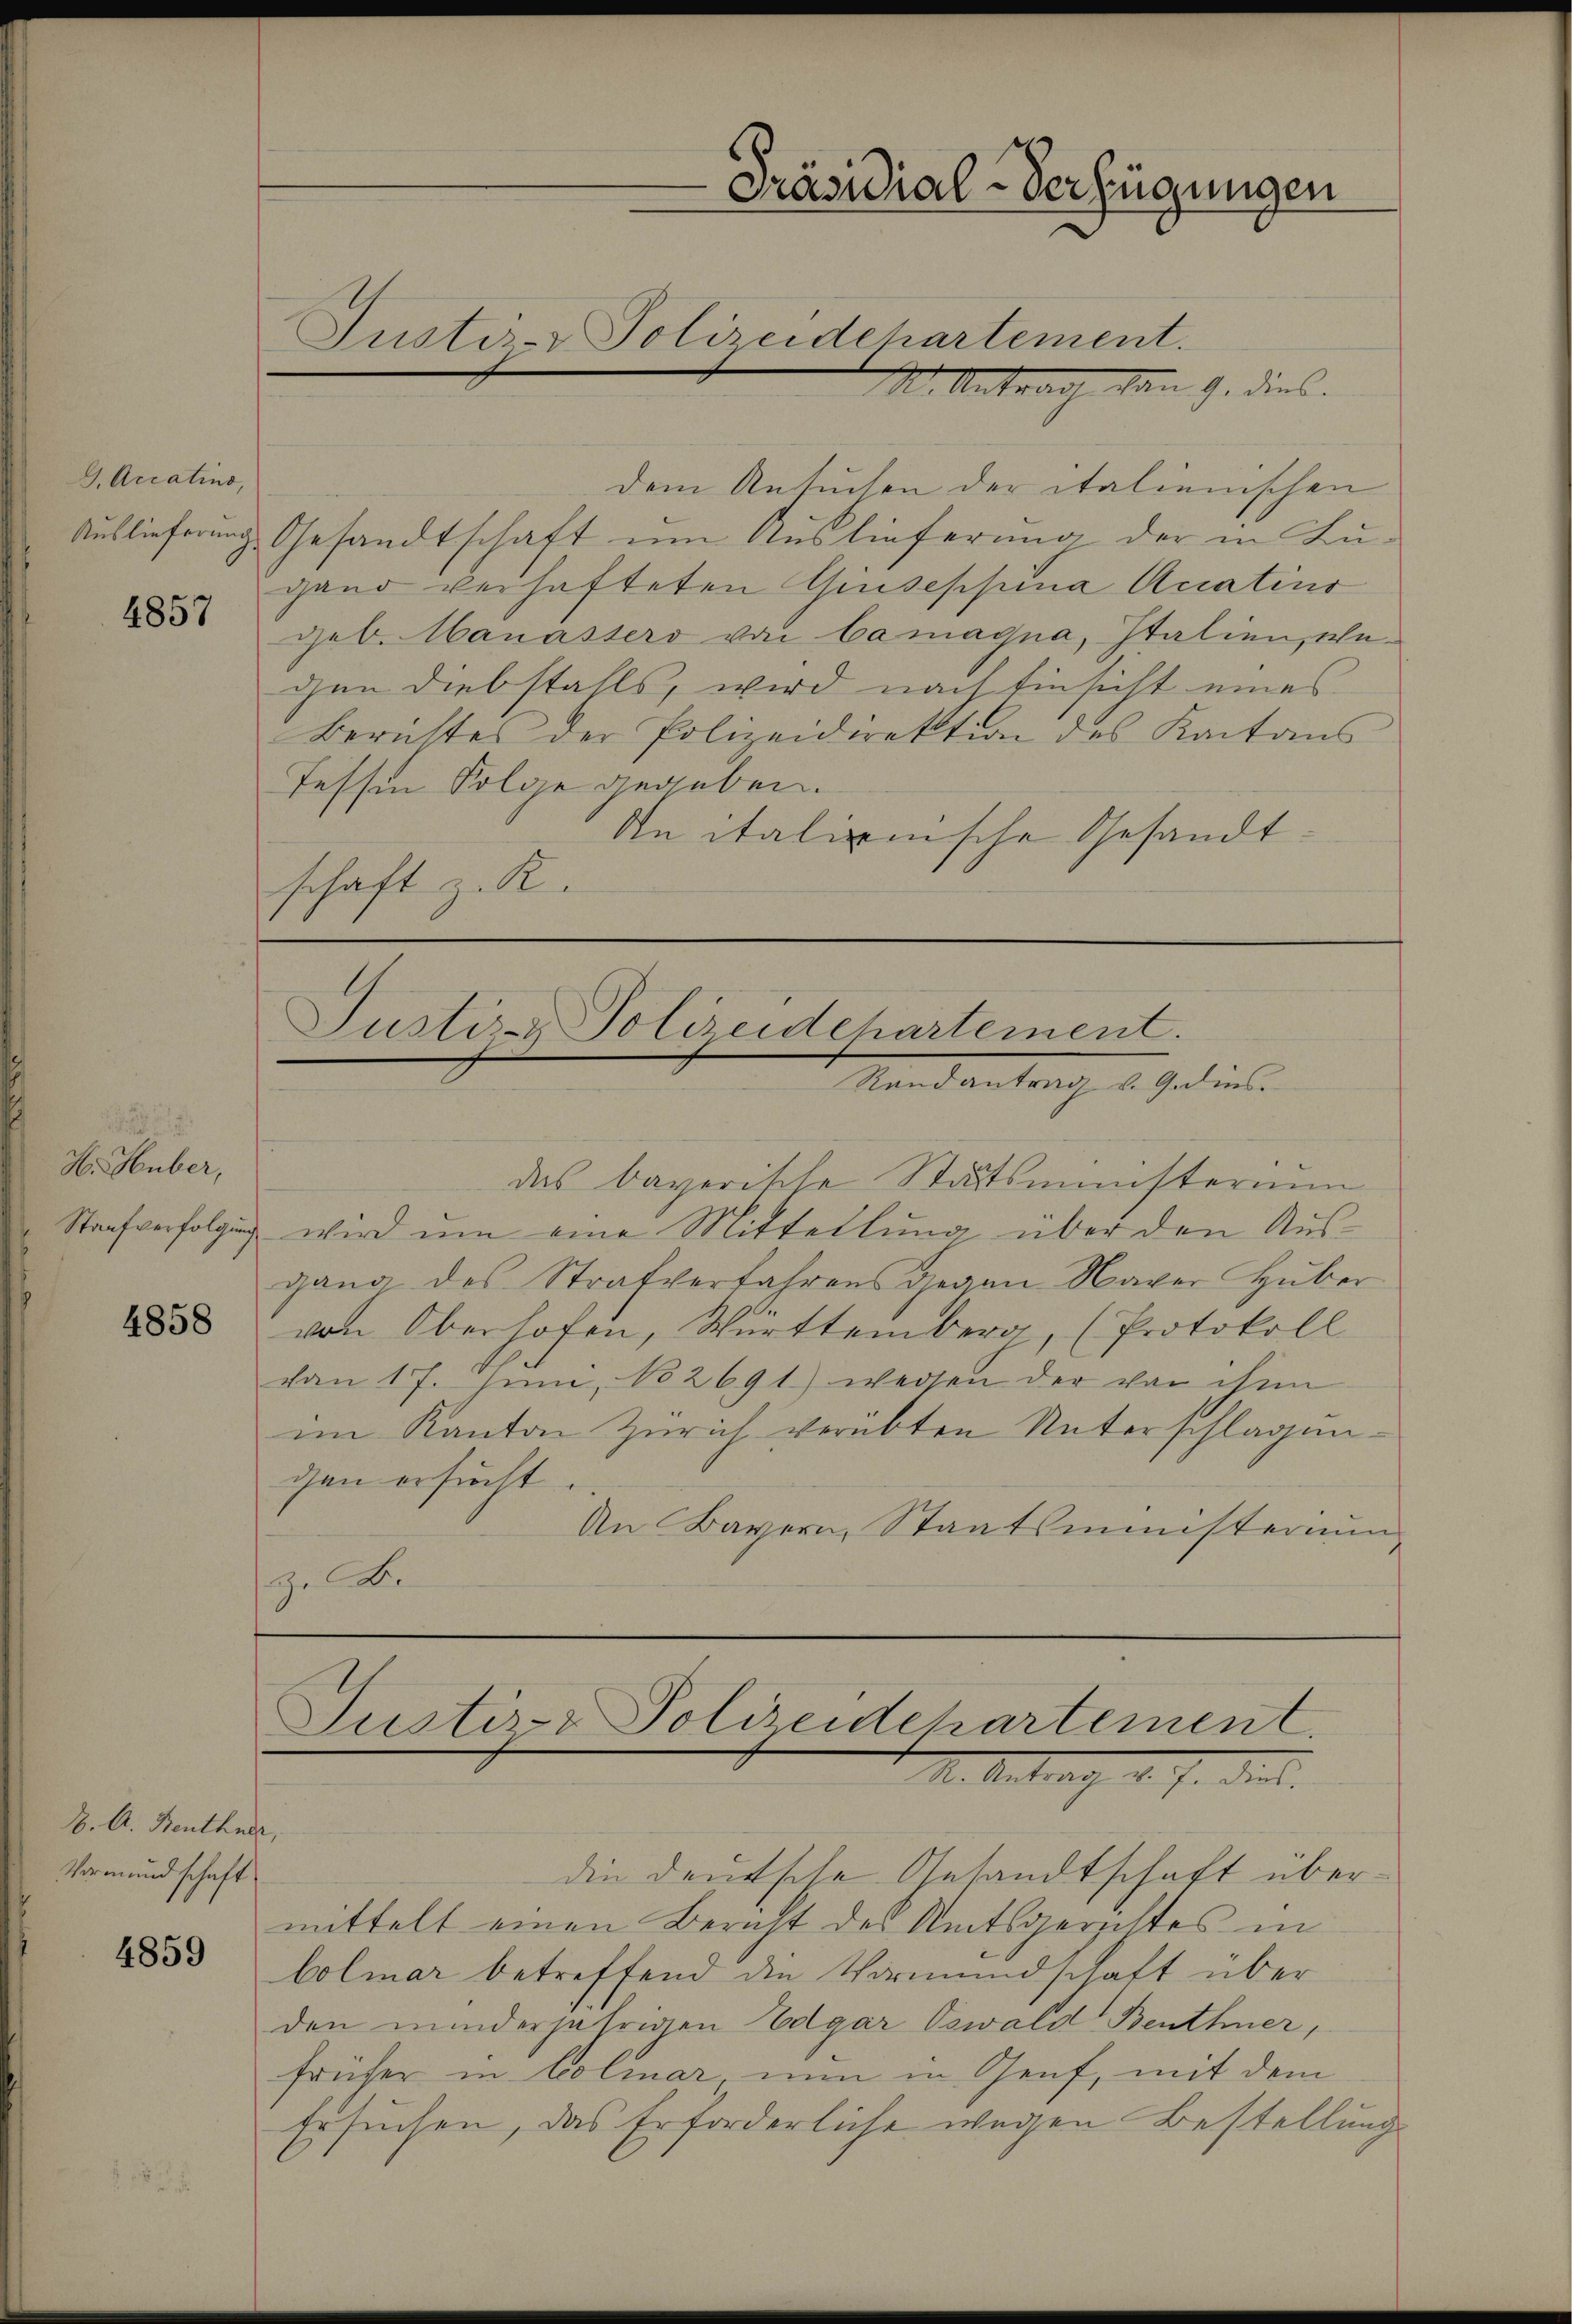
G. Arcatino,

4857

Hr. Huber,
Strafverfolgung

4858

d. A. Benthner,
Vormundschaft

4859

dem Ansuchen der italienischen
Auslieferung Gesandtschaft um Auslieferung der in Lugand verhafteten Giusephina Acatius
geb. Manassers von Camagna, Italien, wegen Diebstahls, wird nach Einsicht eines
Berichtes der Polizeidirektion des Kantons
Tessin Folge gegeben.
An italienische Gesandt.
schaft z. R.
Justiz - Polizeidchartement.

Justiz-Polizeidehartement.

das bayerische Staatsministerium
wird um eine Mittellung über den Aus-
gang des Strafverfahrens gegen Naver Hŭber
von Oberhofen, Württemberg, (Protokoll
von 17. Juni, No2691) wegen der von ihm
im Kanton Zürich verübten Unterschlagungan ersucht.
An Bayern, Staatsministerium
zu Be

Präsidial-Verfügungen

S. Antrag den 9. dies.

Randantrag u. 9. dies

Justiz- & Polizeidchartement
11. Antrach d. J. dies

die deutsche Gesandtschaft übermittelt einen Bericht des Amtsgerichtes in
bolmar betreffend die Vormundschaft über
den minderjährigen Edgar Oswald Benthner,
früher in Colmar, nun in Genf, mit dem
Ersuchen, das Erforderliche wegen Bestellung